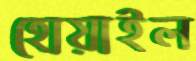
হোয়াইল